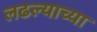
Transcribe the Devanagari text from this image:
लढल्याच्या